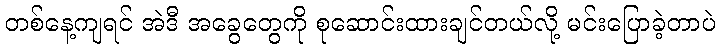
တစ်နေ့ကျရင် အဲဒီ အခွေတွေကို စုဆောင်းထားချင်တယ်လို့ မင်းပြောခဲ့တာပဲ